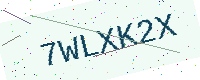
Text: 7WLXK2X